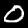
Label: 0